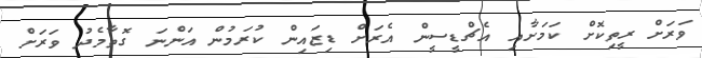
ވަރަށް ރީތިކޮށް ކަމަށާއި އެޗްޑީސީން އެރަށް ޑިޒައިން ކުރަމުން އަންނަ ގޮތާމެދު ވަރަށް